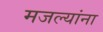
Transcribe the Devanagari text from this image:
मजल्यांना